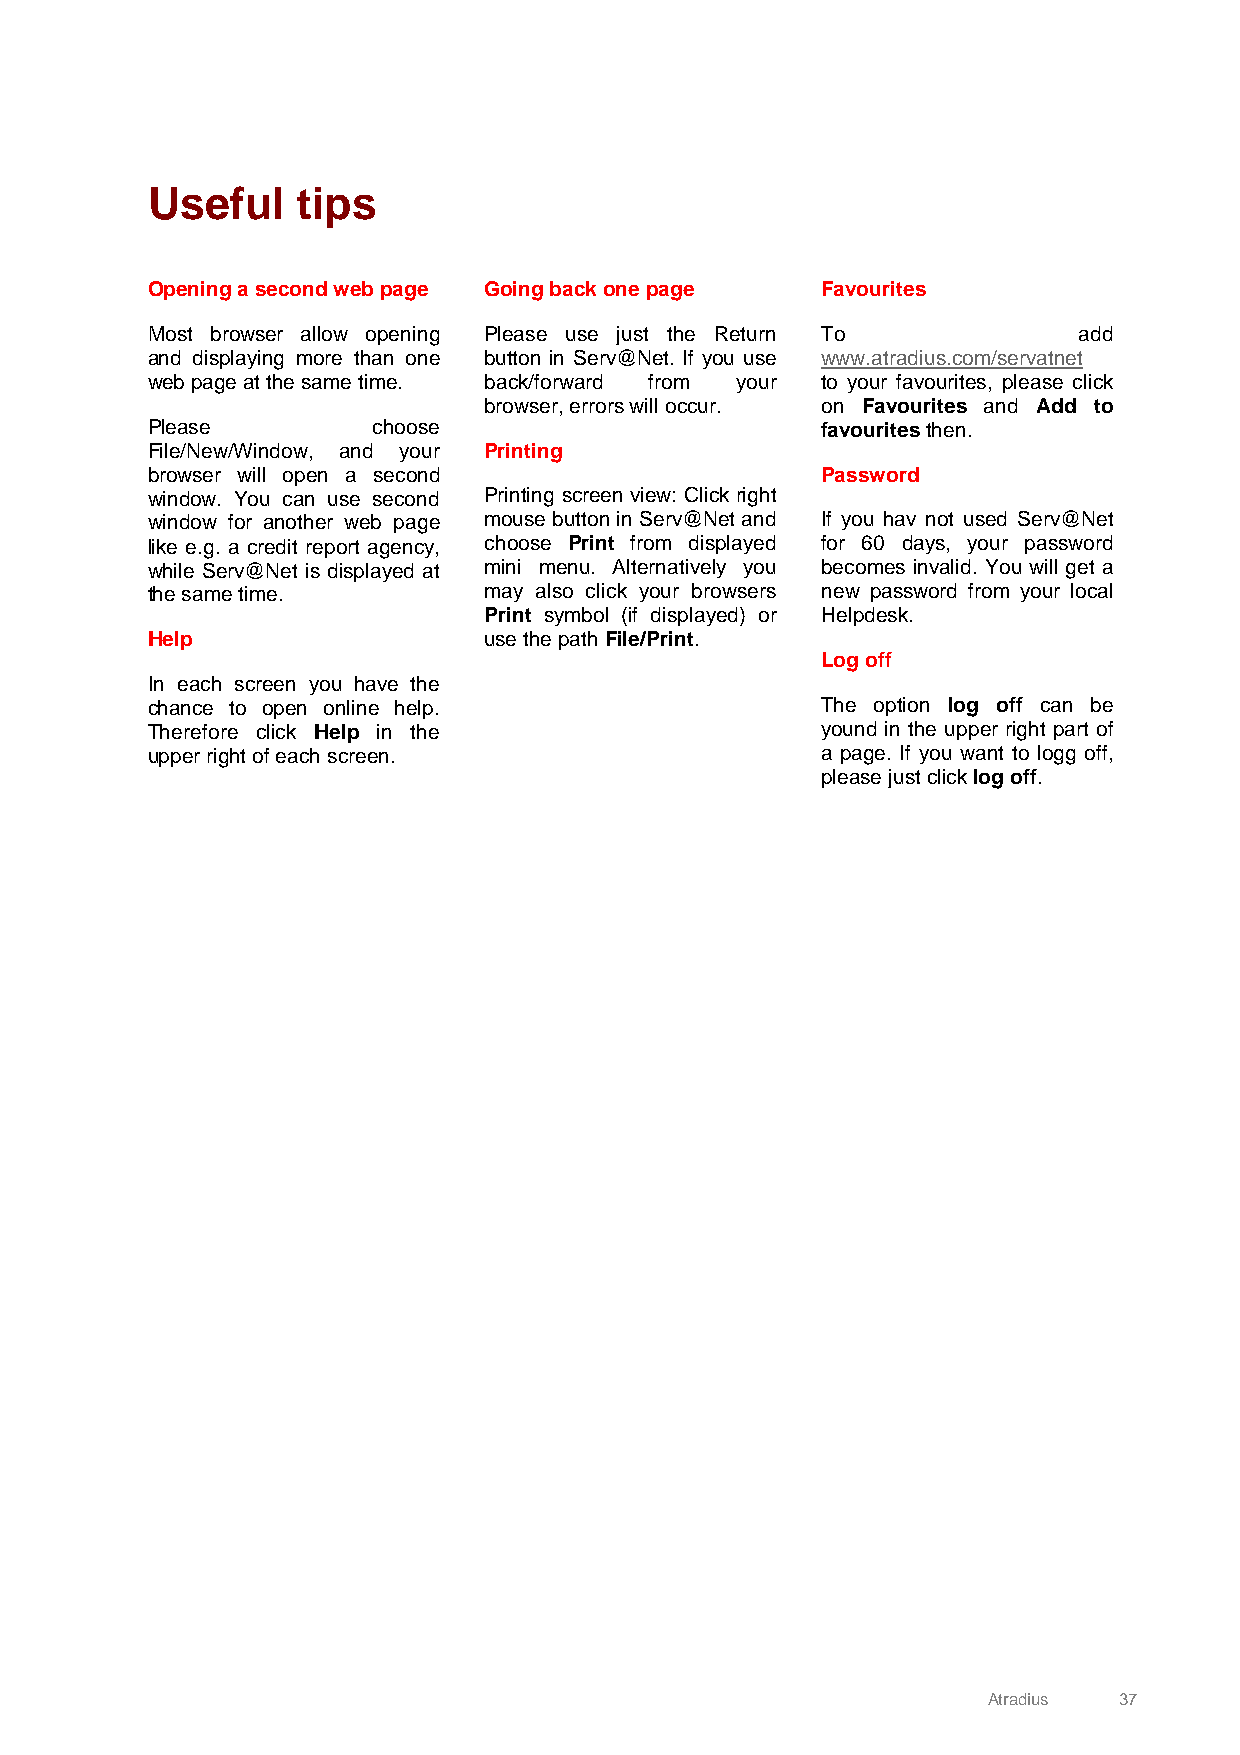
Useful    tips
 Opening a second web page Going back one page Favourites
 Most browser allow opening Please use just the Return To     add
 and displaying more than one button in Serv@Net. If you use www.atradius.com/servatnet
 web page at the same time. back/forward from your to your favourites, please click
 browser, errors will occur. on Favourites and Add to
 Please         choose                       favourites then.
 File/New/Window, and your Printing
 browser will open a second                  Password
 window. You can use second Printing screen view: Click right
 window for another web page mouse button in Serv@Net and If you hav not used Serv@Net
 like e.g. a credit report agency, choose Print from displayed for 60 days, your password
 while Serv@Net is displayed at mini menu. Alternatively you becomes invalid. You will get a
 the same time.        may also click your browsers new password from your local
 Print symbol (if displayed) or Helpdesk.
 Help                  use the path File/Print.
 Log off
 In each screen you have the
 chance to open online help.                 The option log off can be
 Therefore click Help in the                 yound in the upper right part of
 upper right of each screen.                 a page. If you want to logg off,
 please just click log off.
 Atradius 37